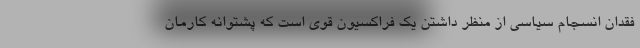
فقدان انسجام سیاسی از منظر داشتن یک فراکسیون قوی است که پشتوانه کارمان